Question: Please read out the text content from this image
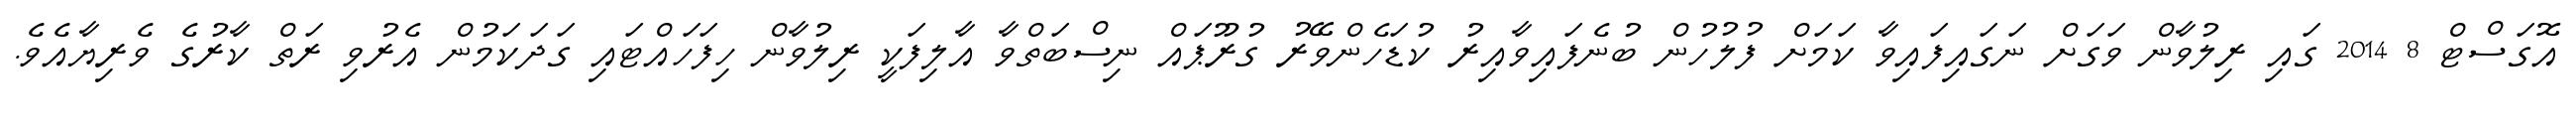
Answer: އޮގަސްޓް 8 2014 ގައި ރިލުވާން ވަގަށް ނަގައިފައިވާ ކަމަށް ފުލުހުން ބުނެފައިވާއިރު ކުޑަހެންވޭރު ގުރޫޕައް ނިސްބަތްވާ އާލިފަކީ ރިލުވާން ހިފަހައްޓައި ގަދަކަމުން އެރުވި ރަތް ކާރުގެ ވެރިޔާއެވެ.